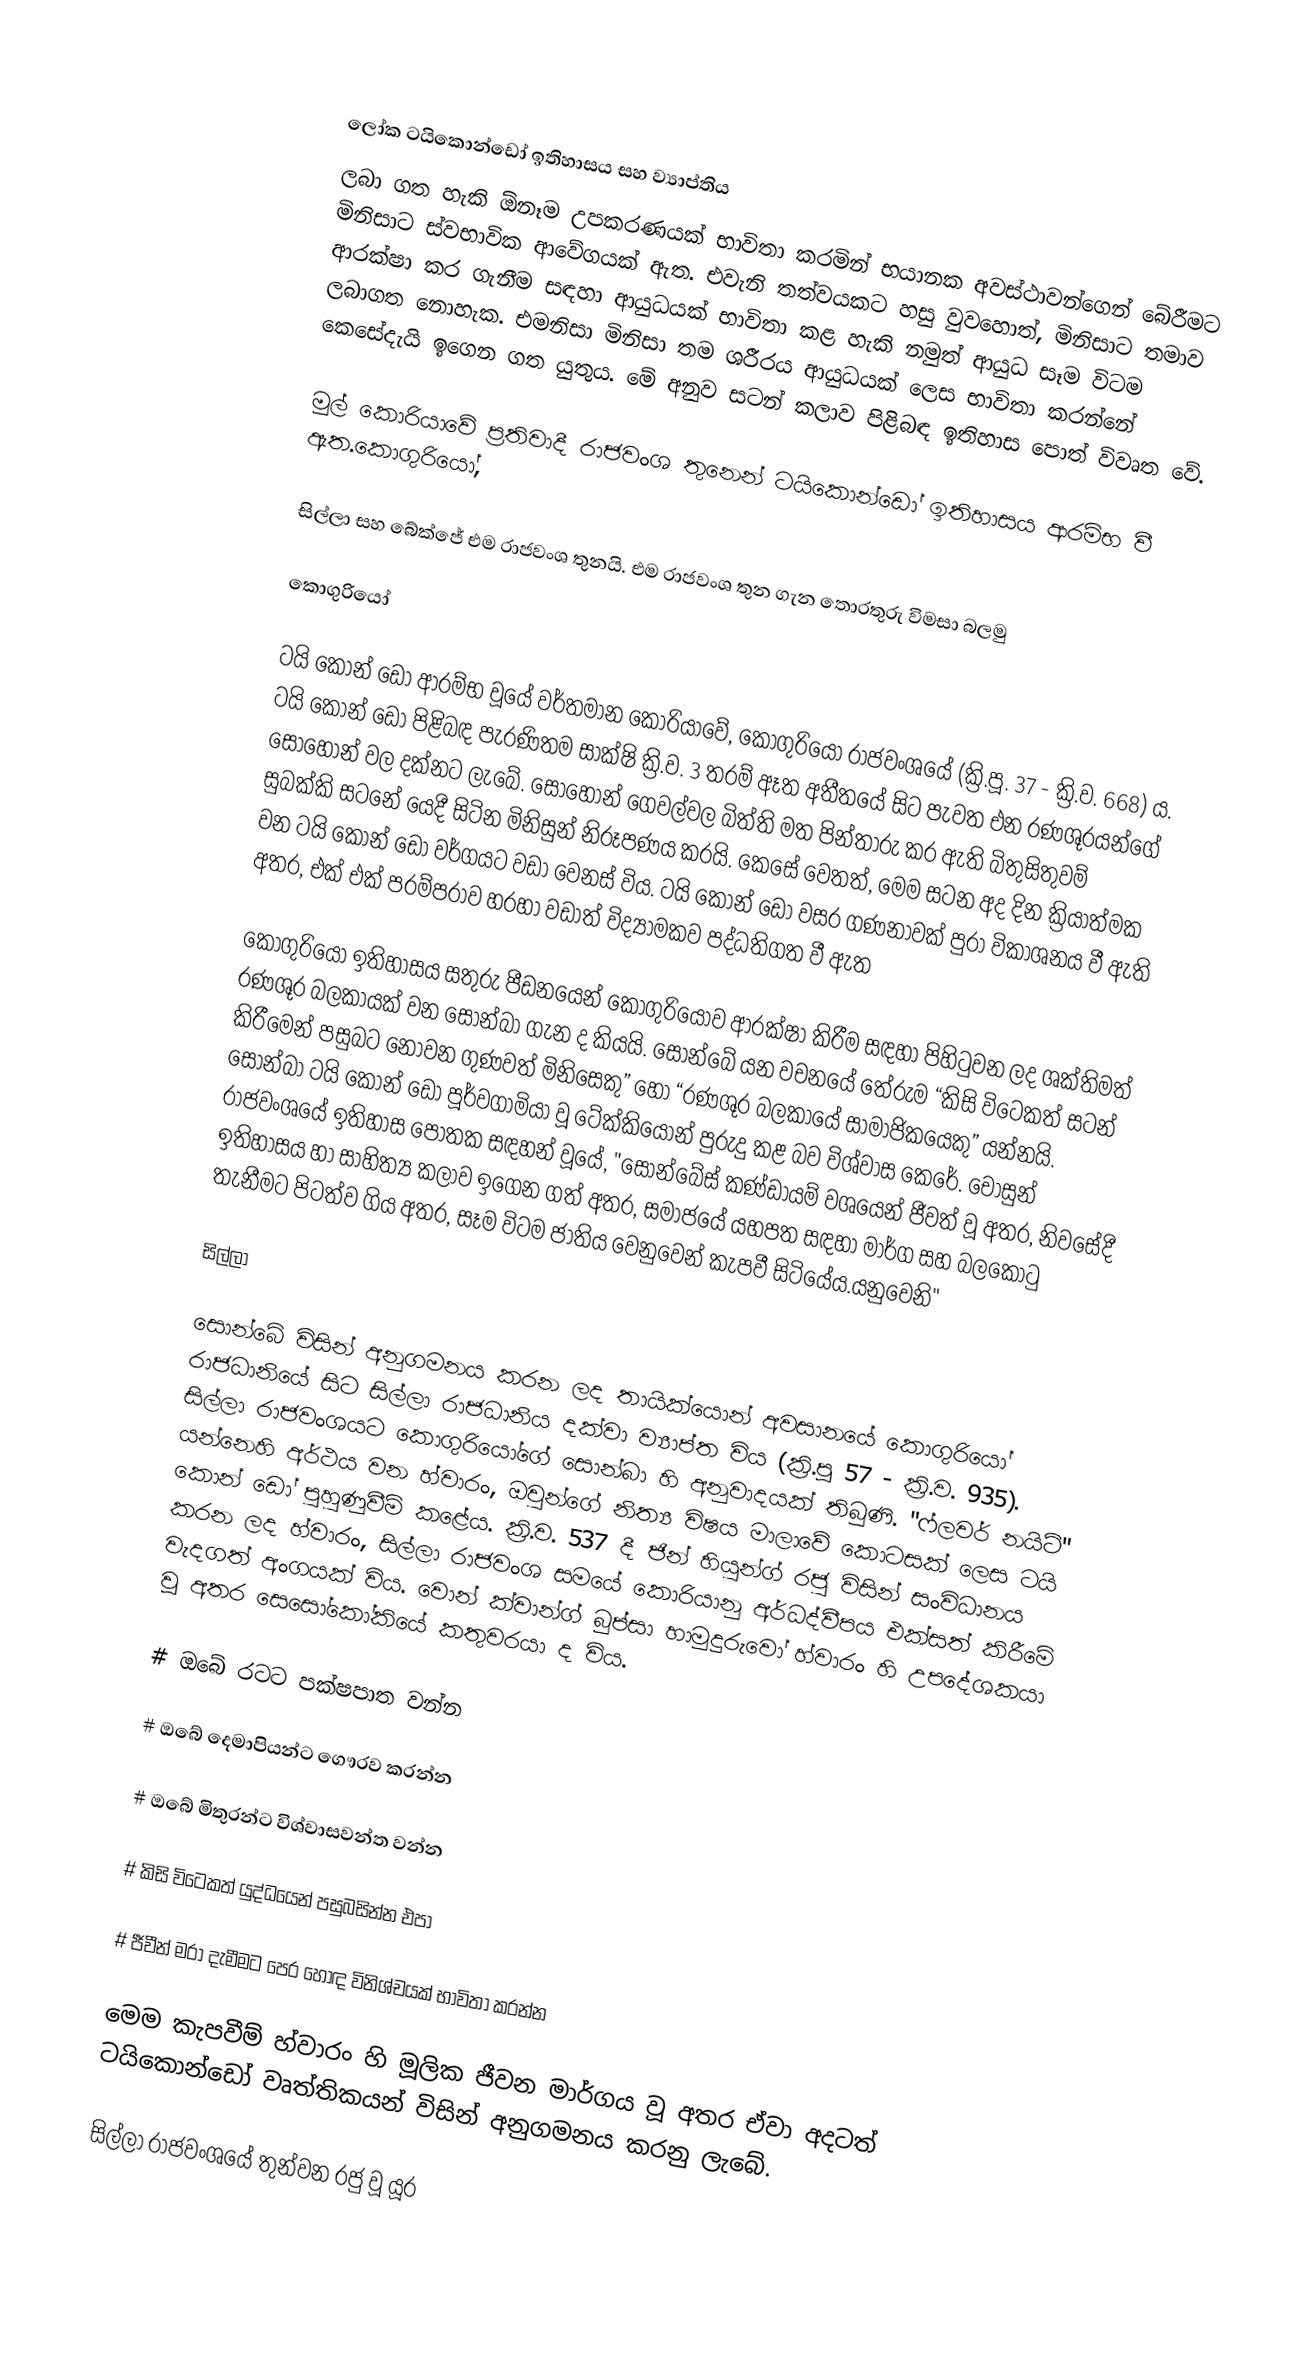

ලෝක ටයිකොන්ඩෝ ඉතිහාසය සහ ව්‍යාප්තිය
ලබා ගත හැකි ඕනෑම උපකරණයක් භාවිතා කරමින් භයානක අවස්ථාවන්ගෙන් බේරීමට මිනිසාට ස්වභාවික ආවේගයක් ඇත. එවැනි තත්වයකට හසු වුවහොත්, මිනිසාට තමාව ආරක්ෂා කර ගැනීම සඳහා ආයුධයක් භාවිතා කළ හැකි නමුත් ආයුධ සෑම විටම ලබාගත නොහැක. එමනිසා මිනිසා තම ශරීරය ආයුධයක් ලෙස භාවිතා කරන්නේ කෙසේදැයි ඉගෙන ගත යුතුය. මේ අනුව සටන් කලාව පිළිබඳ ඉතිහාස පොත් විවෘත වේ.

මුල් කොරියාවේ ප්‍රතිවාදී රාජවංශ තුනෙන් ටයිකොන්ඩෝ ඉතිහාසය  ආරම්භ වී ඇත.කොගුරියෝ,

සිල්ලා සහ බේක්ජේ එම රාජවංශ තුනයි. එම රාජවංශ තුන ගැන තොරතුරු විමසා බලමු

කොගුරියෝ

ටයි කොන් ඩෝ ආරම්භ වූයේ වර්තමාන කොරියාවේ, කොගුරියෝ රාජවංශයේ (ක්‍රි.පූ. 37 - ක්‍රි.ව. 668) ය. ටයි කොන් ඩෝ පිළිබඳ පැරණිතම සාක්ෂි ක්‍රි.ව. 3 තරම් ඈත අතීතයේ සිට පැවත එන රණශූරයන්ගේ සොහොන් වල දක්නට ලැබේ. සොහොන් ගෙවල්වල බිත්ති මත පින්තාරු කර ඇති බිතුසිතුවම් සුබක්කි සටනේ යෙදී සිටින මිනිසුන් නිරූපණය කරයි. කෙසේ වෙතත්, මෙම සටන අද දින ක්‍රියාත්මක වන ටයි කොන් ඩෝ වර්ගයට වඩා වෙනස් විය. ටයි කොන් ඩෝ වසර ගණනාවක් පුරා විකාශනය වී ඇති අතර, එක් එක් පරම්පරාව හරහා වඩාත් විද්‍යාමකව පද්ධතිගත වී ඇත

කොගුරියෝ ඉතිහාසය සතුරු පීඩනයෙන් කොගුරියෝව ආරක්ෂා කිරීම සඳහා පිහිටුවන ලද ශක්තිමත් රණශූර බලකායක් වන සොන්බා ගැන ද කියයි. සොන්බේ යන වචනයේ තේරුම “කිසි විටෙකත් සටන් කිරීමෙන් පසුබට නොවන ගුණවත් මිනිසෙකු” හෝ “රණශූර බලකායේ සාමාජිකයෙකු” යන්නයි. සොන්බා ටයි කොන් ඩෝ පූර්වගාමියා වූ ටේක්කියොන් පුරුදු කළ බව විශ්වාස කෙරේ. චොසුන් රාජවංශයේ ඉතිහාස පොතක සඳහන් වූයේ, "සොන්බේස් කණ්ඩායම් වශයෙන් ජීවත් වූ අතර, නිවසේදී ඉතිහාසය හා සාහිත්‍ය කලාව ඉගෙන ගත් අතර, සමාජයේ යහපත සඳහා මාර්ග සහ බලකොටු තැනීමට පිටත්ව ගිය අතර, සෑම විටම ජාතිය වෙනුවෙන් කැපවී සිටියේය.යනුවෙනි"

සිල්ලා

සොන්බේ විසින් අනුගමනය කරන ලද තායික්යොන් අවසානයේ කොගුරියෝ රාජධානියේ සිට සිල්ලා රාජධානිය දක්වා ව්‍යාප්ත විය (ක්‍රි.පූ 57 - ක්‍රි.ව. 935). සිල්ලා රාජවංශයට කොගුරියෝගේ සොන්බා හි අනුවාදයක් තිබුණි. "ෆ්ලවර් නයිට්" යන්නෙහි අර්ථය වන හ්වාරං, ඔවුන්ගේ නිත්‍ය විෂය මාලාවේ කොටසක් ලෙස ටයි කොන් ඩෝ පුහුණුවීම් කළේය. ක්‍රි.ව. 537 දී ජින් හියුන්ග් රජු විසින් සංවිධානය කරන ලද හ්වාරං, සිල්ලා රාජවංශ සමයේ කොරියානු අර්ධද්වීපය එක්සත් කිරීමේ වැදගත් අංගයක් විය. වොන් ක්වාන්ග් බුප්සා හාමුදුරුවෝ හ්වාරං හි උපදේශකයා වූ අතර සෙසෝකෝකියේ කතුවරයා ද විය.

#  ඔබේ රටට පක්ෂපාත වන්න

#  ඔබේ දෙමාපියන්ට ගෞරව කරන්න

#  ඔබේ මිතුරන්ට විශ්වාසවන්ත වන්න

#  කිසි විටෙකත් යුද්ධයෙන් පසුබසින්න එපා

#  ජීවීන් මරා දැමීමට පෙර හොඳ විනිශ්චයක් භාවිතා කරන්න

මෙම කැපවීම් හ්වාරං හි මූලික ජීවන මාර්ගය වූ අතර ඒවා අදටත් ටයිකොන්ඩෝ වෘත්තිකයන් විසින් අනුගමනය කරනු ලැබේ.

සිල්ලා රාජවංශයේ තුන්වන රජු වූ යූර